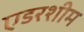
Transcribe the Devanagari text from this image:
एडरशीम